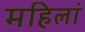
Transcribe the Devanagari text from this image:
महिलां